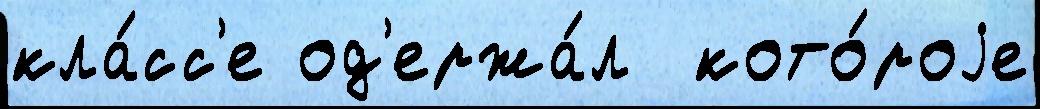
кла́сс'е од'ержа́л  кото́роjе